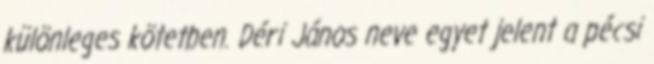
különleges kötetben. Déri János neve egyet jelent a pécsi